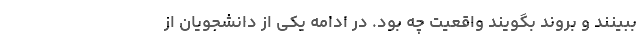
ببینند و بروند بگویند واقعیت چه بود. در ادامه یکی از دانشجویان از